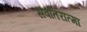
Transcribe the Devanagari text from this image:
सर्वांतरात्मा